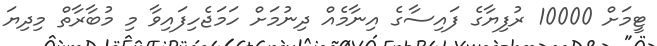
ޓީމަށް 10000 ރުފިޔާގެ ފައިސާގެ އިނާމެއް ދިނުމަށް ހަމަޖެހިފައިވާ މި މުބާރާތް މިދިޔަ